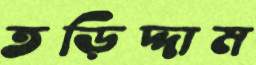
তড়িদ্দাম